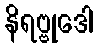
နိရဗ္ဗုဒေါ